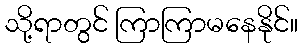
သို့ရာတွင် ကြာကြာမနေနိုင်။